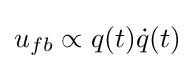
u_{fb}\propto q(t){\dot {q}}(t)